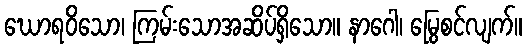
ဃောရဝိသော၊ ကြမ်းသောအဆိပ်ရှိသော။ နာဂေါ၊ မြွေစင်လျက်။